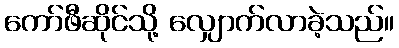
ကော်ဖီဆိုင်သို့ လျှောက်လာခဲ့သည်။